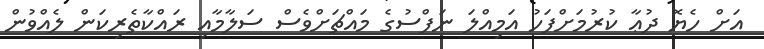
އަށް ހެޔޮ ދުޢާ ކުރުމަށްފަހު އަމިއްލަ ނަފްސުގެ މައްޗަށްވެސް ސަލާމާއި ރައްކާތެރިކަން ލެއްވުން